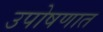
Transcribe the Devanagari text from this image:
उपोषणात